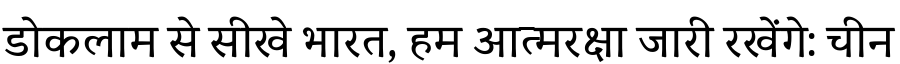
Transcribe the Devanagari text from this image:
डोकलाम से सीखे भारत, हम आत्मरक्षा जारी रखेंगे: चीन